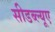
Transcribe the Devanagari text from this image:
सीडब्ल्यूए